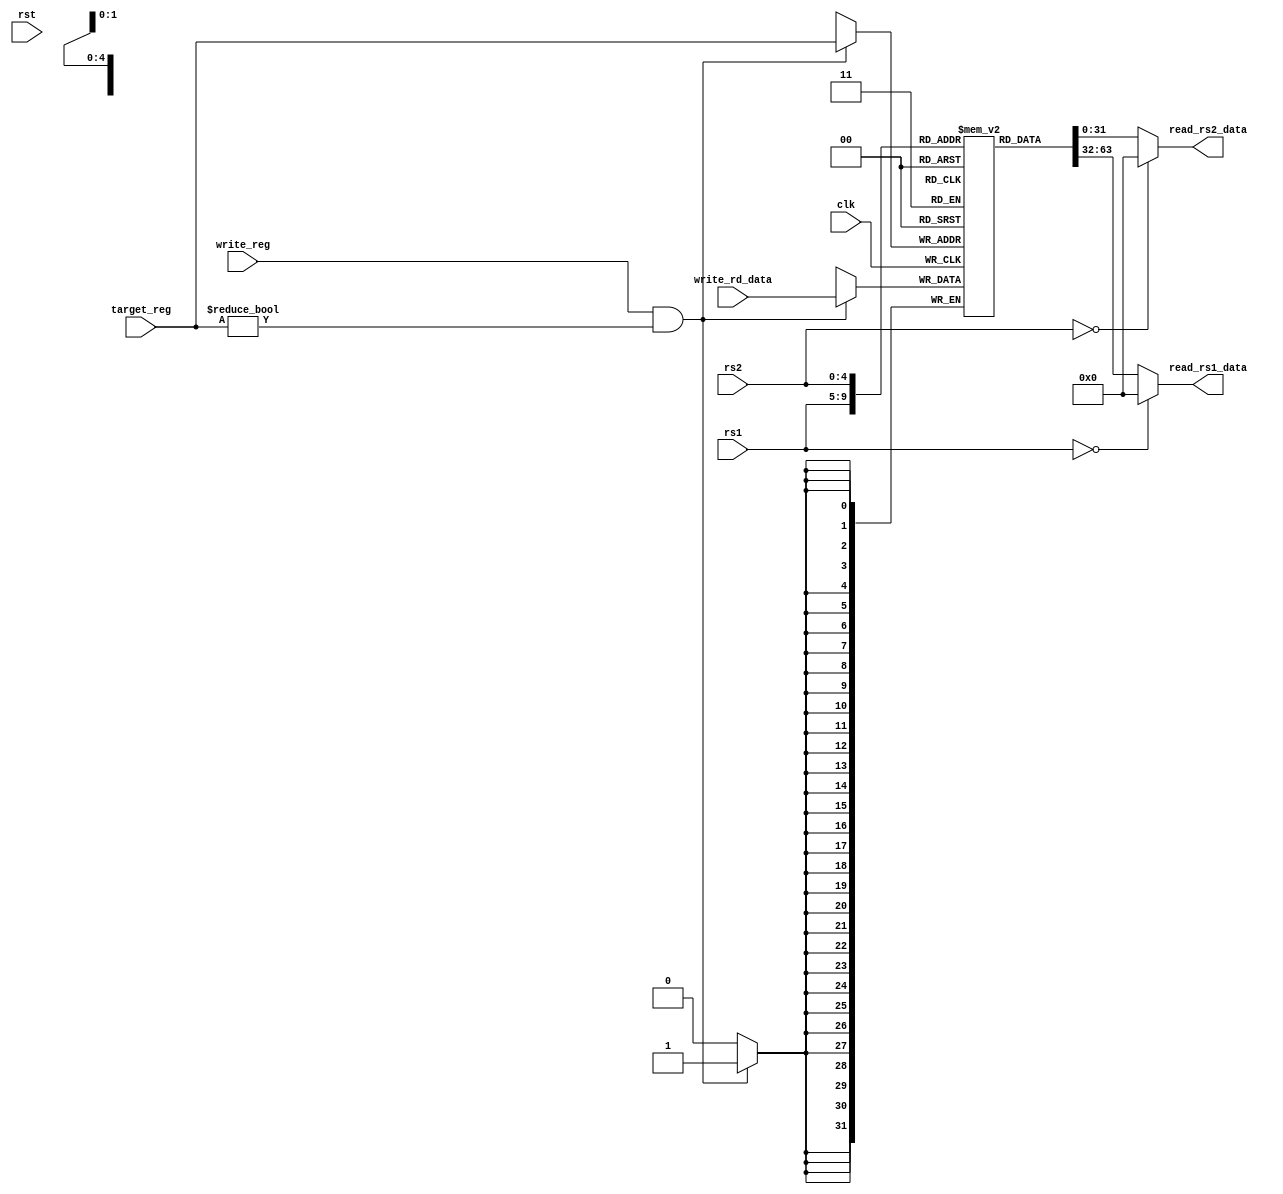
module reg_file(
    input rst, clk, write_reg,
    input [4: 0] rs1, rs2, target_reg,
    input [31: 0] write_rd_data,

    output reg [31: 0] read_rs1_data,
    output reg [31: 0] read_rs2_data
);

reg [31: 0] regs[31: 0];

always @(posedge clk) begin
    if(write_reg && target_reg != 5'h0) regs[target_reg] = write_rd_data;
end

initial begin
    regs[5'd2] = 32'd128;
end

always @(*) begin
    if(rs1 == 5'h0)begin
        read_rs1_data = 32'h0000_0000;
    end else begin
        read_rs1_data = regs[rs1];
    end
end

always @(*) begin
    if(rs2 == 5'h0)begin
        read_rs2_data = 32'h0000_0000;
    end else begin
        read_rs2_data = regs[rs2];
    end
end

endmodule